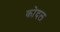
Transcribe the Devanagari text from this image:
कोदल